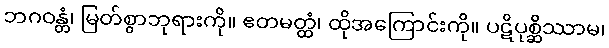
ဘဂဝန္တံ၊ မြတ်စွာဘုရားကို။ ဧတမတ္ထံ၊ ထိုအကြောင်းကို။ ပဋိပုစ္ဆိဿာမ၊